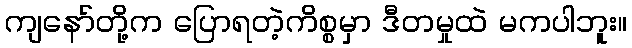
ကျနော်တို့က ပြောရတဲ့ကိစ္စမှာ ဒီတမှုထဲ မကပါဘူး။